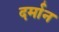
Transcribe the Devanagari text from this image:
दर्मान